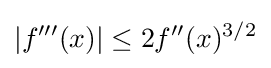
|f'''(x)|\leq 2f''(x)^{3/2}